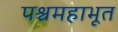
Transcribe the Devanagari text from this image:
पश्चमहाभूत